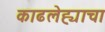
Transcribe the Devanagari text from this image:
काढलेह्याचा